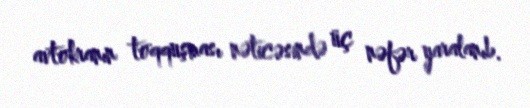
avtokranın toqquşması nəticəsində üç nəfər yaralanıb.